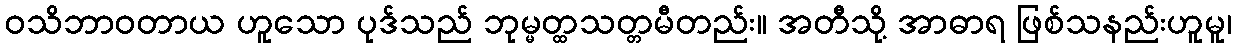
ဝသိဘာဝတာယ ဟူသော ပုဒ်သည် ဘုမ္မတ္ထသတ္တမီတည်း။ အတီသို့ အာဓာရ ဖြစ်သနည်းဟူမူ၊